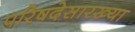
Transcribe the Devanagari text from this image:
परिषदेसारख्या